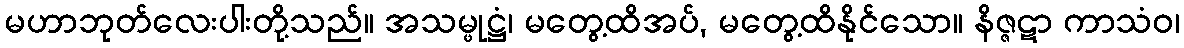
မဟာဘုတ်လေးပါးတို့သည်။ အသမ္ဖုဋ္ဌံ၊ မတွေ့ထိအပ်, မတွေ့ထိနိုင်သော။ နိဇ္ဇဋာ ကာသံဝ၊